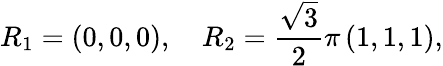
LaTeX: R_{1}=\left(0,0,0\right),\quad R_{2}=\frac{\sqrt 3}{2}\pi\left(1,1,1\right),